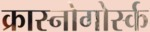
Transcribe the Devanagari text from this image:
क्रास्नोगोर्स्क